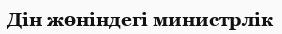
Дін жөніндегі министрлік